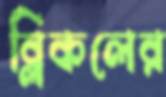
ব্লিকলের